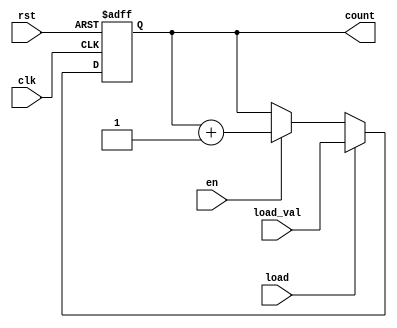
module synchronous_load_counter #(
    parameter N = 8 // Define the width of the counter (default is 8 bits)
)(
    input wire clk,                // Clock input
    input wire rst,                // Reset input (active high)
    input wire load,               // Load control signal
    input wire [N-1:0] load_val,   // Value to load into the counter
    input wire en,                 // Enable signal for counting
    output reg [N-1:0] count       // Current count value
);

    // Always block for synchronous operations
    always @(posedge clk or posedge rst) begin
        if (rst) begin
            // Reset the counter to zero
            count <= 0;
        end else if (load) begin
            // Load the external value into the counter
            count <= load_val;
        end else if (en) begin
            // Increment the counter
            count <= count + 1;
        end
        // Note: If you want to implement wrap-around behavior, you can add:
        // if (count == MAX_COUNT) begin
        //     count <= 0;
        // end
    end

endmodule